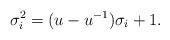
LaTeX: \begin{align*}{\sigma_{i}^2=(u-u^{-1})\sigma_{i}+1}.\end{align*}